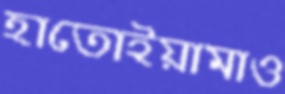
হাতোইয়ামাও